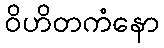
ဝိဟိတကံနော